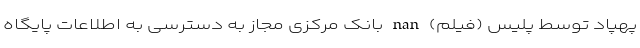
پهپاد توسط پلیس (فیلم) nan بانک مرکزی مجاز به دسترسی به اطلاعات پایگاه